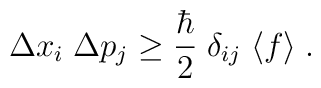
\Delta x_i \; \Delta p_j \ge \frac{\hbar}{2} \; \delta_{i j} \; \langle f \rangle \; .